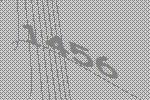
1456